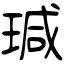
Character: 瑊